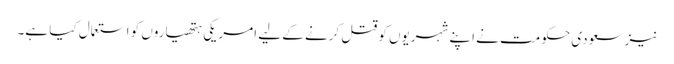
نیز سعودی حکومت نے اپنے شہریوں کو قتل کرنے کے لیے امریکی ہتھیاروں کو استعمال کیا ہے۔